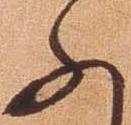
ふ